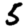
Digit: 5